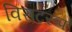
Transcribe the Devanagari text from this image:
विराटरूप